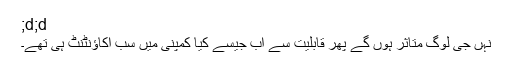
;d;d
نہں جی لوگ متاثر ہوں گے پھر قابلیت سے اب جیسے کیا کمپنی میں سب اکاؤنٹنٹ ہی تھے۔